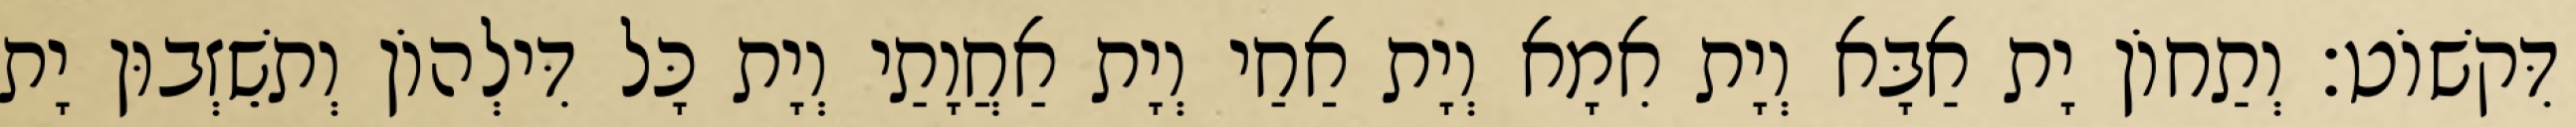
דִּקשׁוֹט׃ וְתַחוֹן יָת אַבָּא וְיָת אִמָא וְיָת אַחַי וְיָת אַחֲוָתַי וְיָת כָּל דִּילְהוֹן וְתשֵׁזְבוּן יָת